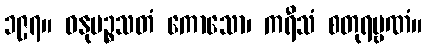
၁၉၇။ ဓနုပဉ္စသတံ ကောသော၊ ကရီသံ စတုရမ္ဗဏံ။